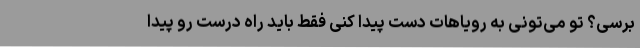
برسی؟ تو می‌تونی به رویاهات دست پیدا کنی فقط باید راه درست رو پیدا